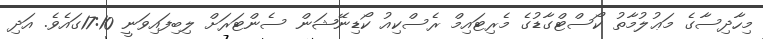
މިހާދިސާގެ މަޢުލުމާތު ކޯސްޓްގާޑުގެ މެރިޓައިމް ރެސްކިއު ކޯޑިނޭޝަން ސެންޓަރަށް ލިބިފައިވަނީ 17:10ގައެވެ. އަދި